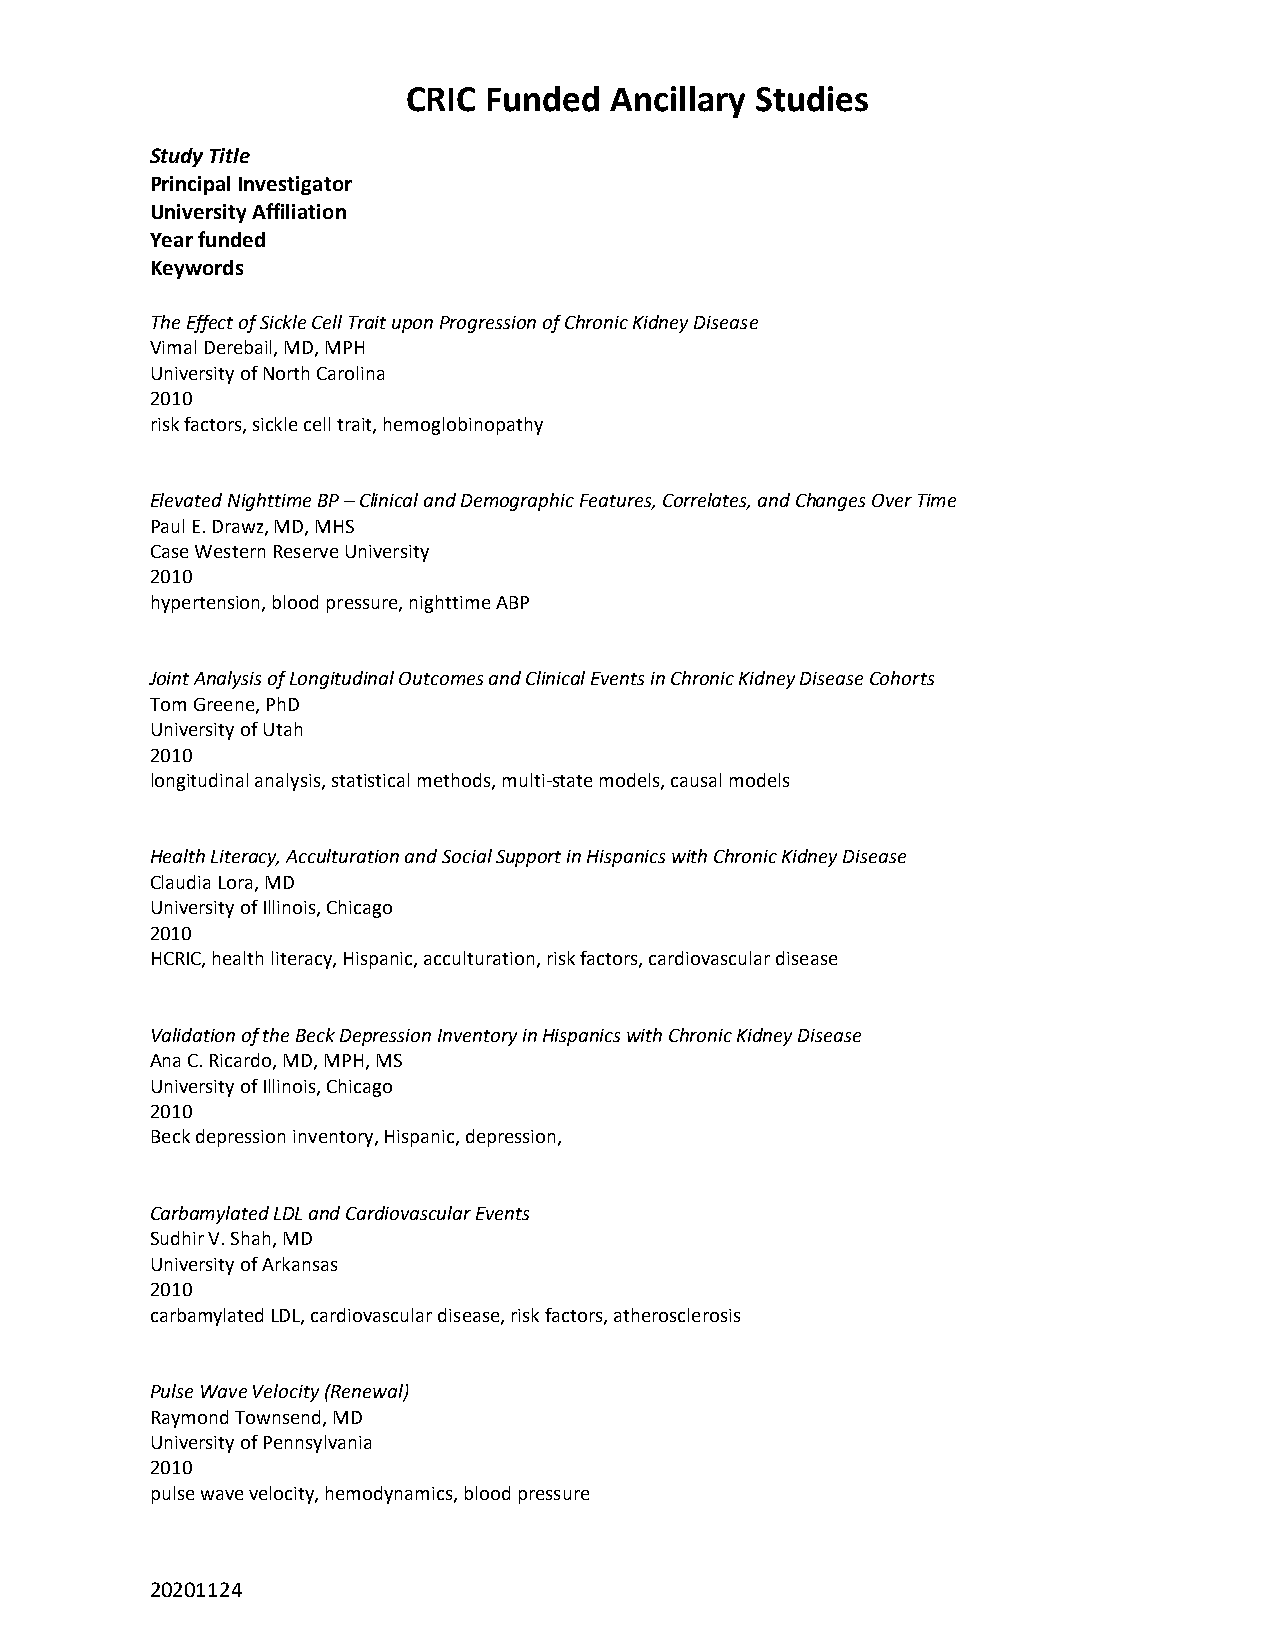
CRIC Funded  Ancillary Studies
 Study Title
 Principal Investigator
 University Affiliation
 Year funded
 Keywords
 The Effect of Sickle Cell Trait upon Progression of Chronic Kidney Disease
 Vimal Derebail, MD, MPH
 University of North Carolina
 2010
 risk factors, sickle cell trait, hemoglobinopathy
 Elevated Nighttime BP – Clinical and Demographic Features, Correlates, and Changes Over Time
 Paul E. Drawz, MD, MHS
 Case Western Reserve University
 2010
 hypertension, blood pressure, nighttime ABP
 Joint Analysis of Longitudinal Outcomes and Clinical Events in Chronic Kidney Disease Cohorts
 Tom Greene, PhD
 University of Utah
 2010
 longitudinal analysis, statistical methods, multi-state models, causal models
 Health Literacy, Acculturation and Social Support in Hispanics with Chronic Kidney Disease
 Claudia Lora, MD
 University of Illinois, Chicago
 2010
 HCRIC, health literacy, Hispanic, acculturation, risk factors, cardiovascular disease
 Validation of the Beck Depression Inventory in Hispanics with Chronic Kidney Disease
 Ana C. Ricardo, MD, MPH, MS
 University of Illinois, Chicago
 2010
 Beck depression inventory, Hispanic, depression,
 Carbamylated LDL and Cardiovascular Events
 Sudhir V. Shah, MD
 University of Arkansas
 2010
 carbamylated LDL, cardiovascular disease, risk factors, atherosclerosis
 Pulse Wave Velocity (Renewal)
 Raymond Townsend, MD
 University of Pennsylvania
 2010
 pulse wave velocity, hemodynamics, blood pressure
 20201124